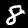
Label: 8